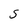
Character: S